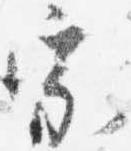
宗